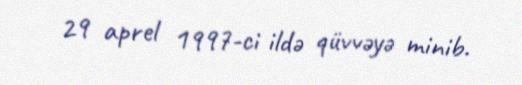
29 aprel 1997-ci ildə qüvvəyə minib.